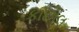
કાછોલ